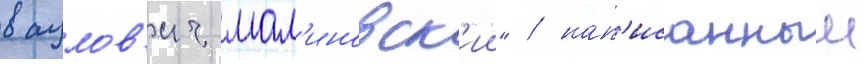
вацлов'ич мал'иновск'ии" / нап'исанныи